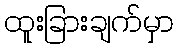
ထူးခြားချက်မှာ